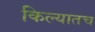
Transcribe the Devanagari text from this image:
किल्यातच